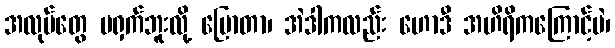
အလုပ်တွေ မရှက်ဘူးလို့ ပြောတာ၊ အဲဒါကလည်း ဟောဒီ အဟိရိကကြောင့်ပဲ၊